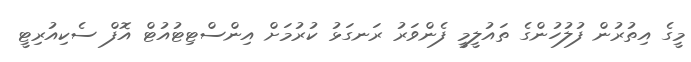
މީގެ އިތުރުން ފުލުހުންގެ ތައުލީމީ ފެންވަރު ރަނގަޅު ކުރުމަށް އިންސްޓިޓުއުޓް އޮފް ސެކިއުރިޓީ